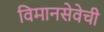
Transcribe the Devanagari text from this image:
विमानसेवेची